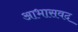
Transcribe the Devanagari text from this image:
आभासवद